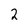
Character: 2